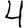
Digit: 4